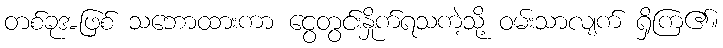
တစ်ခုအဖြစ် သဘောထားကာ ငွေတွင်းနှိုက်ရသကဲ့သို့ ဝမ်းသာလျက် ရှိကြ၏။